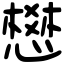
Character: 𢡟